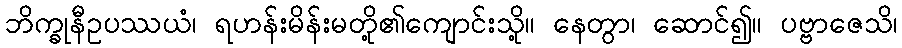
ဘိက္ခုနီဥပဿယံ၊ ရဟန်းမိန်းမတို့၏ကျောင်းသို့။ နေတွာ၊ ဆောင်၍။ ပဗ္ဗာဇေသိ၊